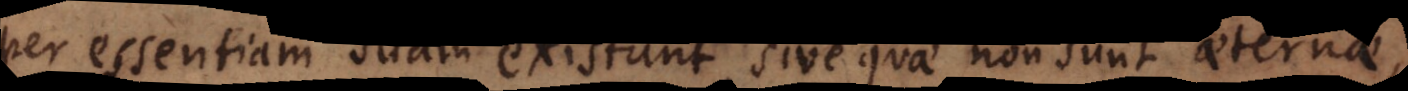
per essentiam suam existunt, sive quae non sunt aeternae,